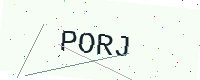
Text: PORJ